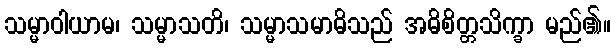
သမ္မာဝါယာမ၊ သမ္မာသတိ၊ သမ္မာသမာဓိသည် အဓိစိတ္တသိက္ခာ မည်၏။